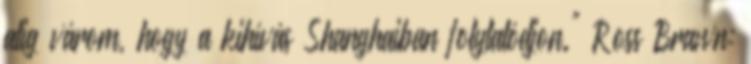
alig várom, hogy a kihívás Shanghaiban folytatódjon." Ross Brawn: